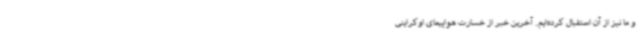
و ما نیز از آن استقبال کرده‌ایم. آخرین خبر از خسارت هواپیمای اوکراینی